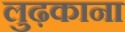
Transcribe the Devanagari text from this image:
लुढ़काना